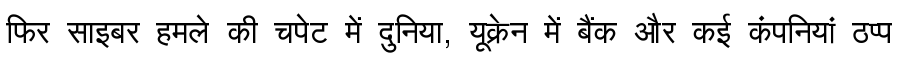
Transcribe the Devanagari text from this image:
फिर साइबर हमले की चपेट में दुनिया, यूक्रेन में बैंक और कई कंपनियां ठप्प